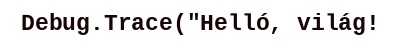
Debug.Trace("Helló, világ!